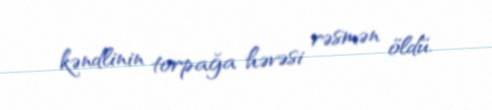
kəndlinin torpağa həvəsi rəsmən öldü.